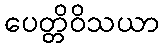
ပေတ္တိဝိသယာ